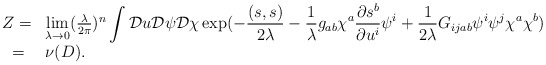
\begin{align*}\begin{array}{ll} Z=&\lim \limits_{\lambda \rightarrow 0}(\frac{\lambda}{2\pi})^n \displaystyle\int {\cal D}u {\cal D}\psi {\cal D} \chi \exp (- \frac{(s, s)}{2\lambda}- \frac{1}{\lambda} g_{ab}\chi ^a \frac{\partial s^b}{\partial{u^i}} \psi^i+ \frac{1}{2\lambda} G_{ijab}\psi^i\psi^j\chi^a\chi^b)\\ ~=&\nu(D).\end{array}\end{align*}